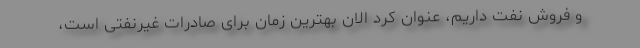
و فروش نفت داریم، عنوان کرد الان بهترین زمان برای صادرات غیرنفتی است،